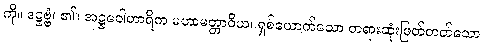
ကို။ ဒဋ္ဌဗ္ဗံ၊ ၏။ အဋ္ဌဝေါဟာရိက မဟာမတ္တာဝိယ၊ ရှစ်ယောက်သော တရားဆုံးဖြတ်တတ်သော